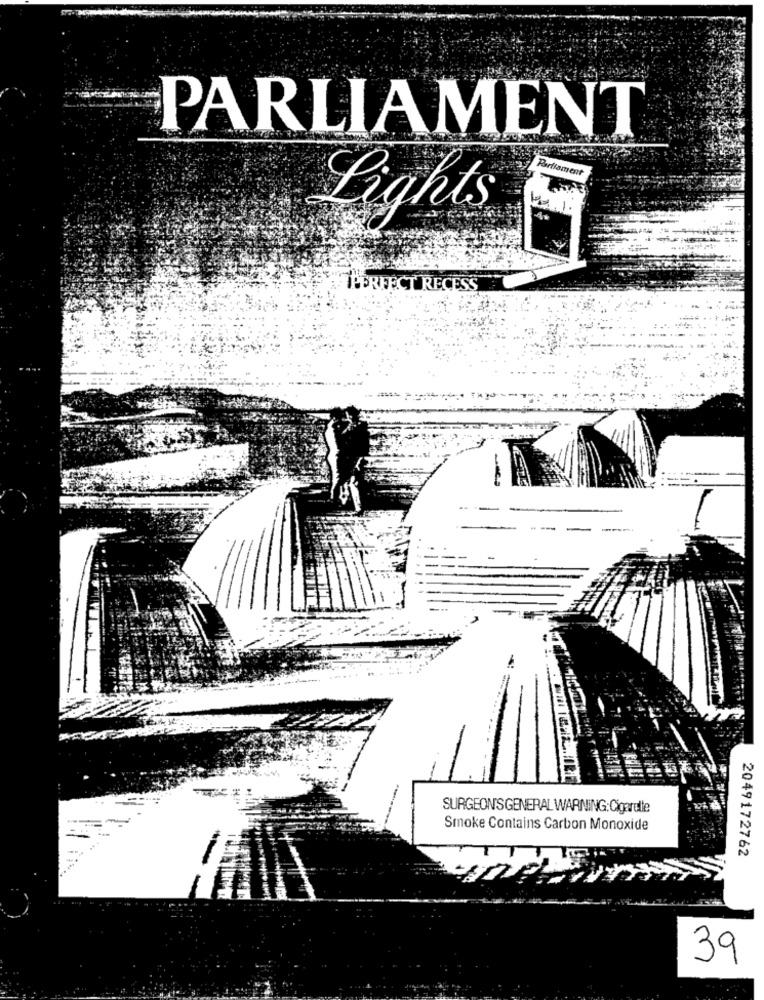
PARLIAMENT
Parliament
IPERFECT RECESS
SURGEONSGENERAL WARNING: Cigarette
Smoke Contains Carbon Monoxide
2049172762
39